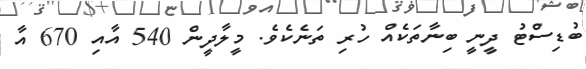
ބުޑިސްޓު ދީނީ ބިނާތަކެއް ހުރި ތަނެކެވެ. މީލާދީން 540 އާއި 670 އާ